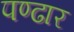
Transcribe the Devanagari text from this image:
पण्‍ढार